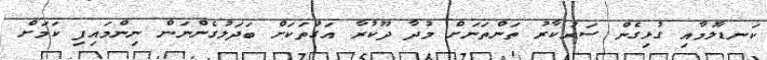
ކަނޑާލުމާއި ގުޅިގެން ސަރުކާރު ތަންތަނަށް މުދާ ދޫކުރާ އަގުތަކަށް ބަދަލުގެންނަން ނިންމައިފި ކަމަށް